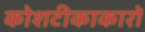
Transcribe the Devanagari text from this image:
कोशटीकाकारों